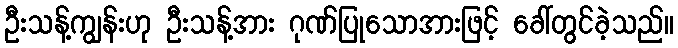
ဦးသန့်ကျွန်းဟု ဦးသန့်အား ဂုဏ်ပြုသောအားဖြင့် ခေါ်တွင်ခဲ့သည်။